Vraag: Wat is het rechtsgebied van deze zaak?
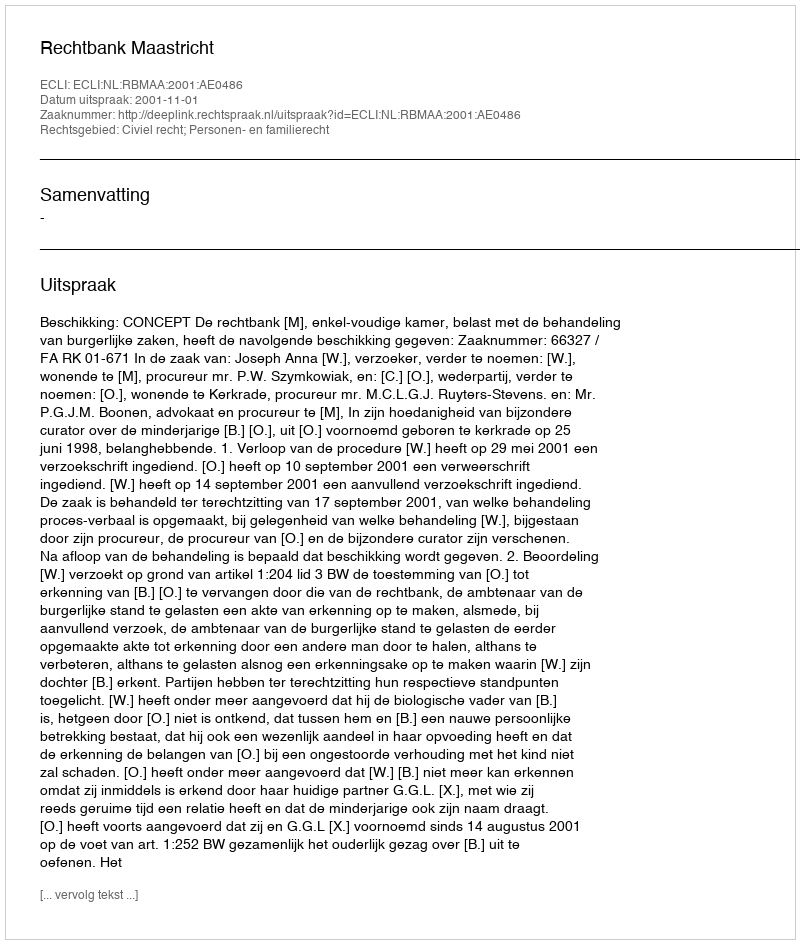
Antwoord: Civiel recht; Personen- en familierecht